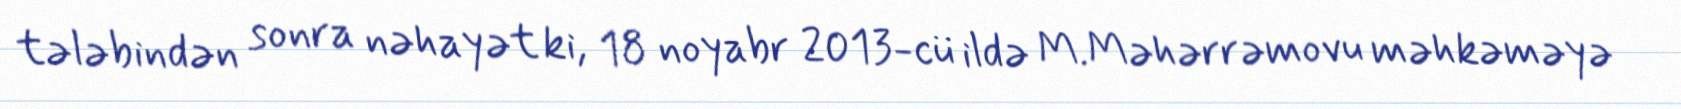
tələbindən sonra nəhayət ki, 18 noyabr 2013-cü ildə M.Məhərrəmovu məhkəməyə